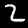
Label: 2